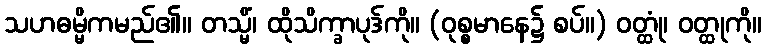
သဟဓမ္မိကမည်၏။ တသ္မိံ၊ ထိုသိက္ခာပုဒ်ကို။ (ဝုစ္စမာနေ၌ စပ်။) ဝတ္ထုံ၊ ဝတ္ထုကို။